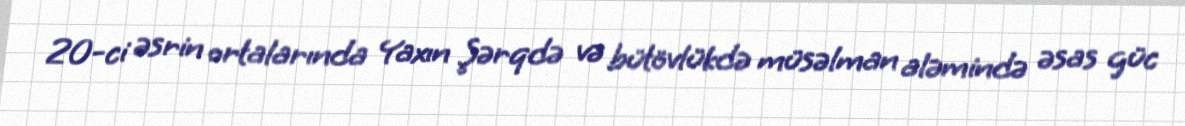
20-ci əsrin ortalarında Yaxın Şərqdə və bütövlükdə müsəlman aləmində əsas güc